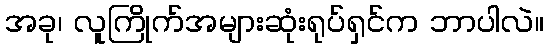
အခု၊ လူကြိုက်အများဆုံးရုပ်ရှင်က ဘာပါလဲ။